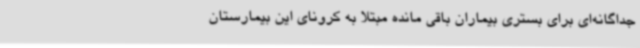
جداگانه‌ای برای بستری بیماران باقی مانده مبتلا به کرونای این بیمارستان